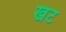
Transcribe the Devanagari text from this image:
खंट